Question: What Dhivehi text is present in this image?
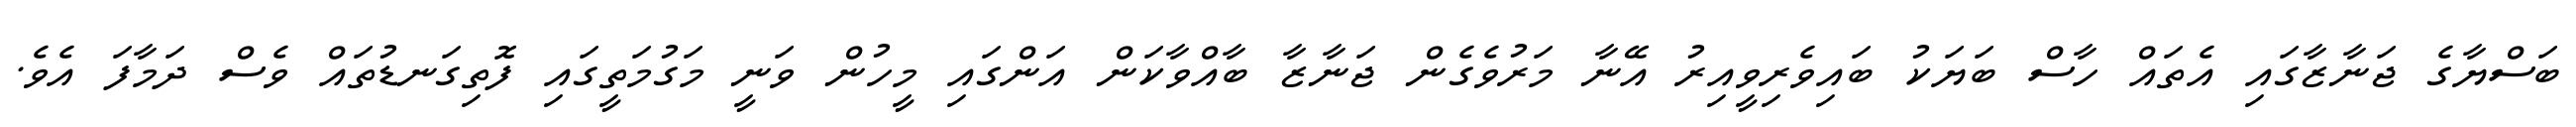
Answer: ބަސްޔާގެ ޖަނާޒާގައި އެތައް ހާސް ބަޔަކު ބައިވެރިވީއިރު އޭނާ މަރުވެގެން ޖަނާޒާ ބާއްވާކަން އަންގައި މީހުން ވަނީ މަގުމަތީގައި ފޮތިގަނޑުތައް ވެސް ދަމާފަ އެވެ.